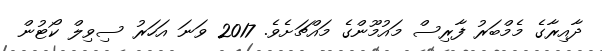
ދާއިރާގެ މެމްބަރު ފާރިސް މައުމޫންގެ މައްޗަށެވެ. 2017 ވަނަ އަހަރު ސިވިލް ކޯޓުން